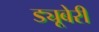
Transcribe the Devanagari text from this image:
ड्यूबेरी